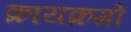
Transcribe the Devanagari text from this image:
क्रायक्रमों